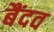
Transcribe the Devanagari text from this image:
बैंदव